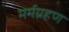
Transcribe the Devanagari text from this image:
मर्मग्रहण